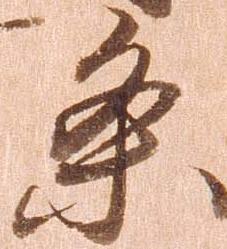
条